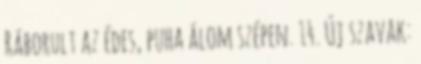
Ráborult az édes, puha álom szépen. 14. Új szavak: